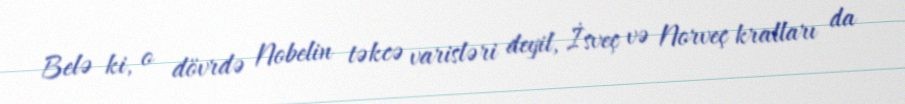
Belə ki, o dövrdə Nobelin təkcə varisləri deyil, İsveç və Norveç kralları da